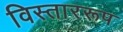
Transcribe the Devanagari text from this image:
विस्ताररूप